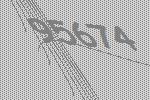
95674